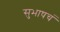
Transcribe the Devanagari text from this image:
सुभाषचं